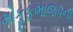
મોકૂફભાજપના